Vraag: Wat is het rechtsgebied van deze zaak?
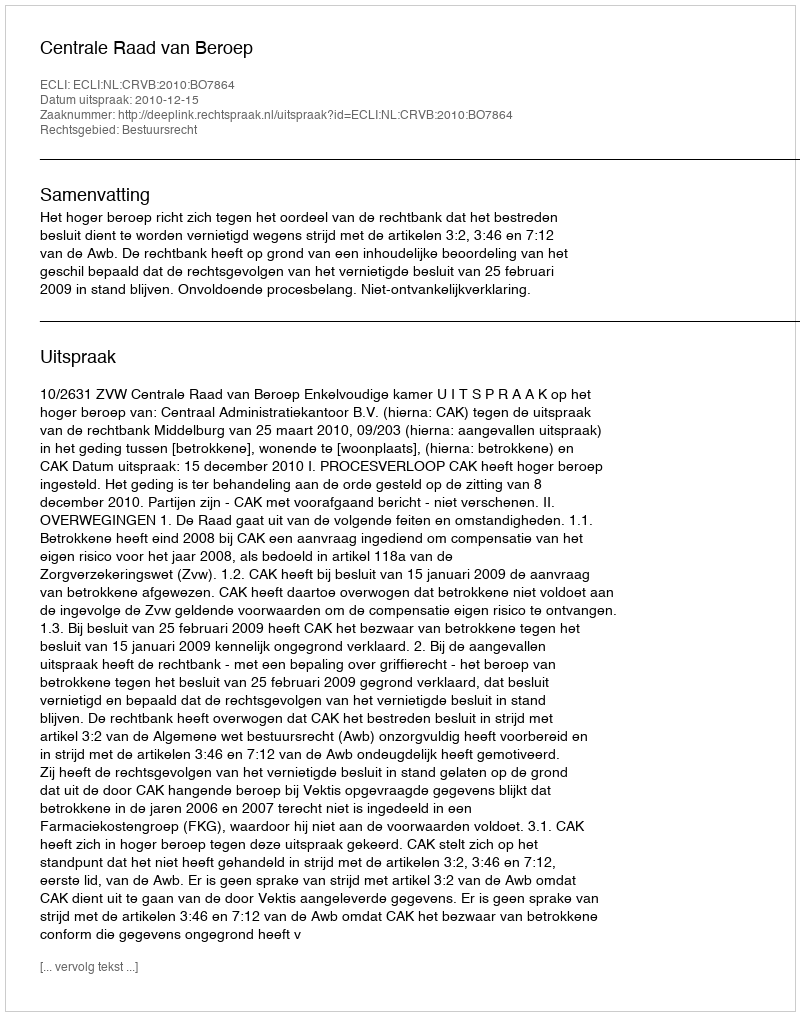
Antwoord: Bestuursrecht